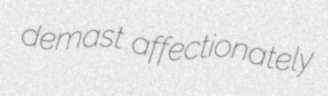
demast affectionately